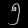
Digit: ၅